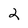
Character: 2